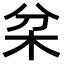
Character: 𣏰